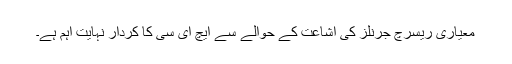
معیاری ریسرچ جرنلز کی اشاعت کے حوالے سے ایچ ای سی کا کردار نہایت اہم ہے۔